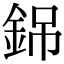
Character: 銱